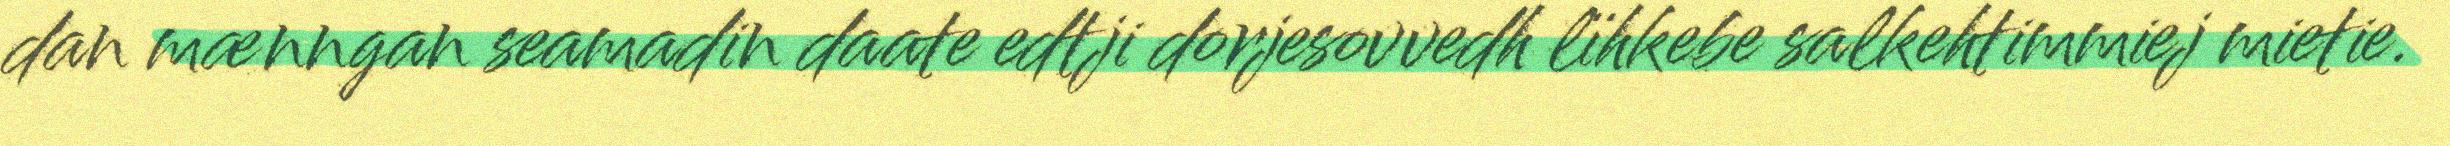
dan mænngan seamadin daate edtji dorjesovvedh lïhkebe salkehtimmiej mietie.